Code of medical and sanitary regulations for the guidance of medical officers serving in the Madras Presidency - Volume II
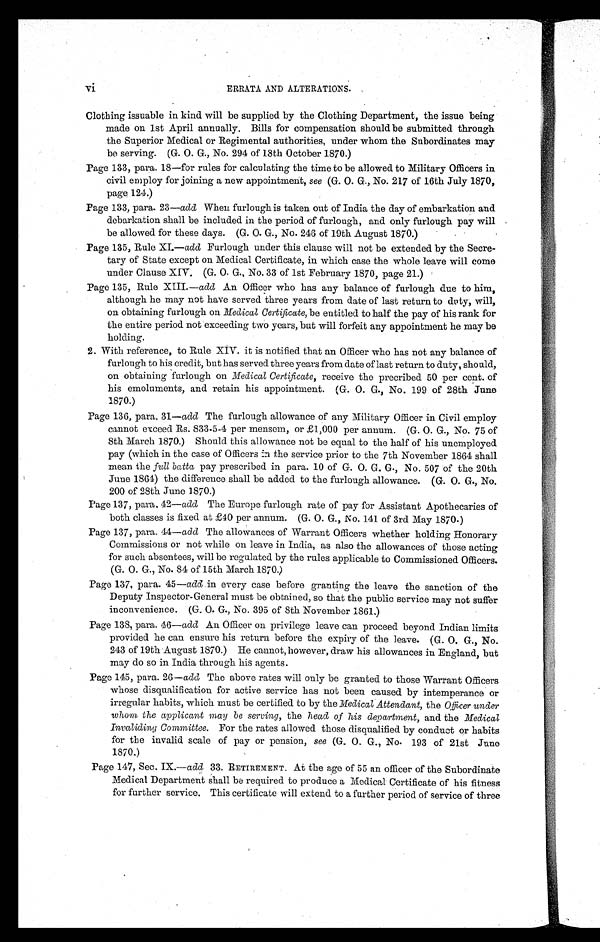
vi
ERRATA AND ALTERATIONS.
Clothing issuable in kind will be supplied by the Clothing Department, the issue being
made on 1st April annually. Bills for compensation should be submitted through
the Superior Medical or Regimental authorities, under whom the Subordinates may
be serving. (G. O. G., No. 294 of 18th October 1870.)
Page 133, para. 18—for rules for calculating the time to be allowed to Military Officers in
civil employ for joining a new appointment, see (G. O. G., No. 217 of 16th July 1870,
page 124.)
Page 133, para. 23— add When furlough is taken out of India the day of embarkation and
debarkation shall be included in the period of furlough, and only furlough pay will
be allowed for these days. (G. O. G., No. 246 of 19th August 1870.)
Page 135, Rule XI.—add Furlough under this clause will not be extended by the Secre-
tary of State except on Medical Certificate, in which case the whole leave will come
under Clause XIV. (G. O. G., No. 33 of 1st February 1870, page 21.)
Page 135, Rule XIII.— add An Officer who has any balance of furlough due to him,
although he may not have served three years from date of last return to duty, will,
on obtaining furlough on Medical Certificate, be entitled to half the pay of his rank for
the entire period not exceeding two years, but will forfeit any appointment he may be
holding.
2 With reference, to Rule XIV. it is notified that an Officer who has not any balance of
furlough to his credit, but has served three years from date of last return to duty, should,
on obtaining furlough on Medical Certificate, receive the precribed 50 per cent. of
his emoluments, and retain his appointment. (G. O. G., No. 199 of 28th June
1870.)
Page 136, para. 31— add The furlough allowance of any Military Officer in Civil employ
cannot exceed Rs. 833-5-4 per mensem, or £1,000 per annum. (G. O. G., No. 75 of
8th March 1870.) Should this allowance not be equal to the half of his unemployed
pay (which in the case of Officers in the service prior to the 7th November 1864 shall
mean the full batta pay prescribed in para. 10 of G. O. G. G., No. 507 of the 20th
June 1864) the difference shall be added to the furlough allowance. (G. O. G., No.
200 of 28th June 1870.)
Page 137, para. 42—add The Europe furlough rate of pay for Assistant Apothecaries of
both classes is fixed at £40 per annum. (G. O. G., No. 141 of 3rd May 1870.)
Page 137, para. 44— add The allowances of Warrant Officers whether holding Honorary
Commissions or not while on leave in India, as also the allowances of those acting
for such absentees, will be regulated by the rules applicable to Commissioned Officers.
(G. O. G., No. 84 of 15th March 1870.)
Page 137, para. 45— add in every case before granting the leave the sanction of the
Deputy Inspector-General must be obtained, so that the public service may not suffer
inconvenience. (G. O. G., No. 395 of 8th November 1861.)
Page 138, para. 46—add An Officer on privilege leave can proceed beyond Indian limits
provided he can ensure his return before the expiry of the leave. (G. O. G., No.
243 of 19th August 1870.) He cannot, however, draw his allowances in England, but
may do so in India through his agents.
Page 145, para. 26—add The above rates will only be granted to those Warrant Officers
whose disqualification for active service has not been caused by intemperance or
irregular habits, which must be certified to by the Medical Attendant, the Officer under
whom the applicant may be serving, the head of his department, and the Medical
Invaliding Committee. For the rates allowed those disqualified by conduct or habits
for the invalid scale of pay or pension, see (G. O. G., No. 193 of 21st June
1870.)
Page 147, Sec. IX.— add 33. RETIREMENT. At the age of 55 an officer of the Subordinate
Medical Department shall be required to produce a Medical Certificate of his fitness
for further service. This certificate will extend to a further period of service of three
0‘